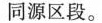
同源区段。